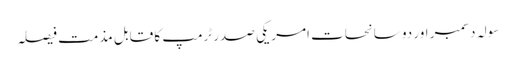
سولہ دسمبر اور دو سانحات	 امریکی صدر ٹرمپ کا قابل مذمت فیصلہ